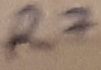
Text: R7